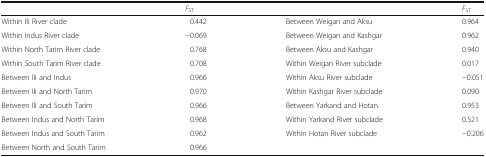
|  | FST |  | FST |
 | --- | --- | --- | --- |
 | Within Ili River clade | 0.442 | Between Weigan and Aksu | 0.964 |
 | Within Indus River clade | −0.069 | Between Weigan and Kashgar | 0.962 |
 | Within North Tarim River clade | 0.768 | Between Aksu and Kashgar | 0.940 |
 | Within South Tarim River clade | 0.708 | Within Weigan River subclade | 0.017 |
 | Between Ili and Indus | 0.966 | Within Aksu River subclade | −0.051 |
 | Between Ili and North Tarim | 0.970 | Within Kashgar River subclade | 0.090 |
 | Between Ili and South Tarim | 0.966 | Between Yarkand and Hotan | 0.953 |
 | Between Indus and North Tarim | 0.968 | Within Yarkand River subclade | 0.521 |
 | Between Indus and South Tarim | 0.962 | Within Hotan River subclade | −0.206 |
 | Between North and South Tarim | 0.966 |  |  |